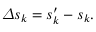
\begin{array} { r } { \varDelta s _ { k } = s _ { k } ^ { \prime } - s _ { k } . } \end{array}